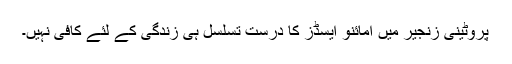
پروٹینی زنجیر میں امائنو ایسڈز کا درست تسلسل ہی زندگی کے لئے کافی نہیں۔